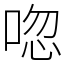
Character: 唿